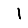
Digit: 1